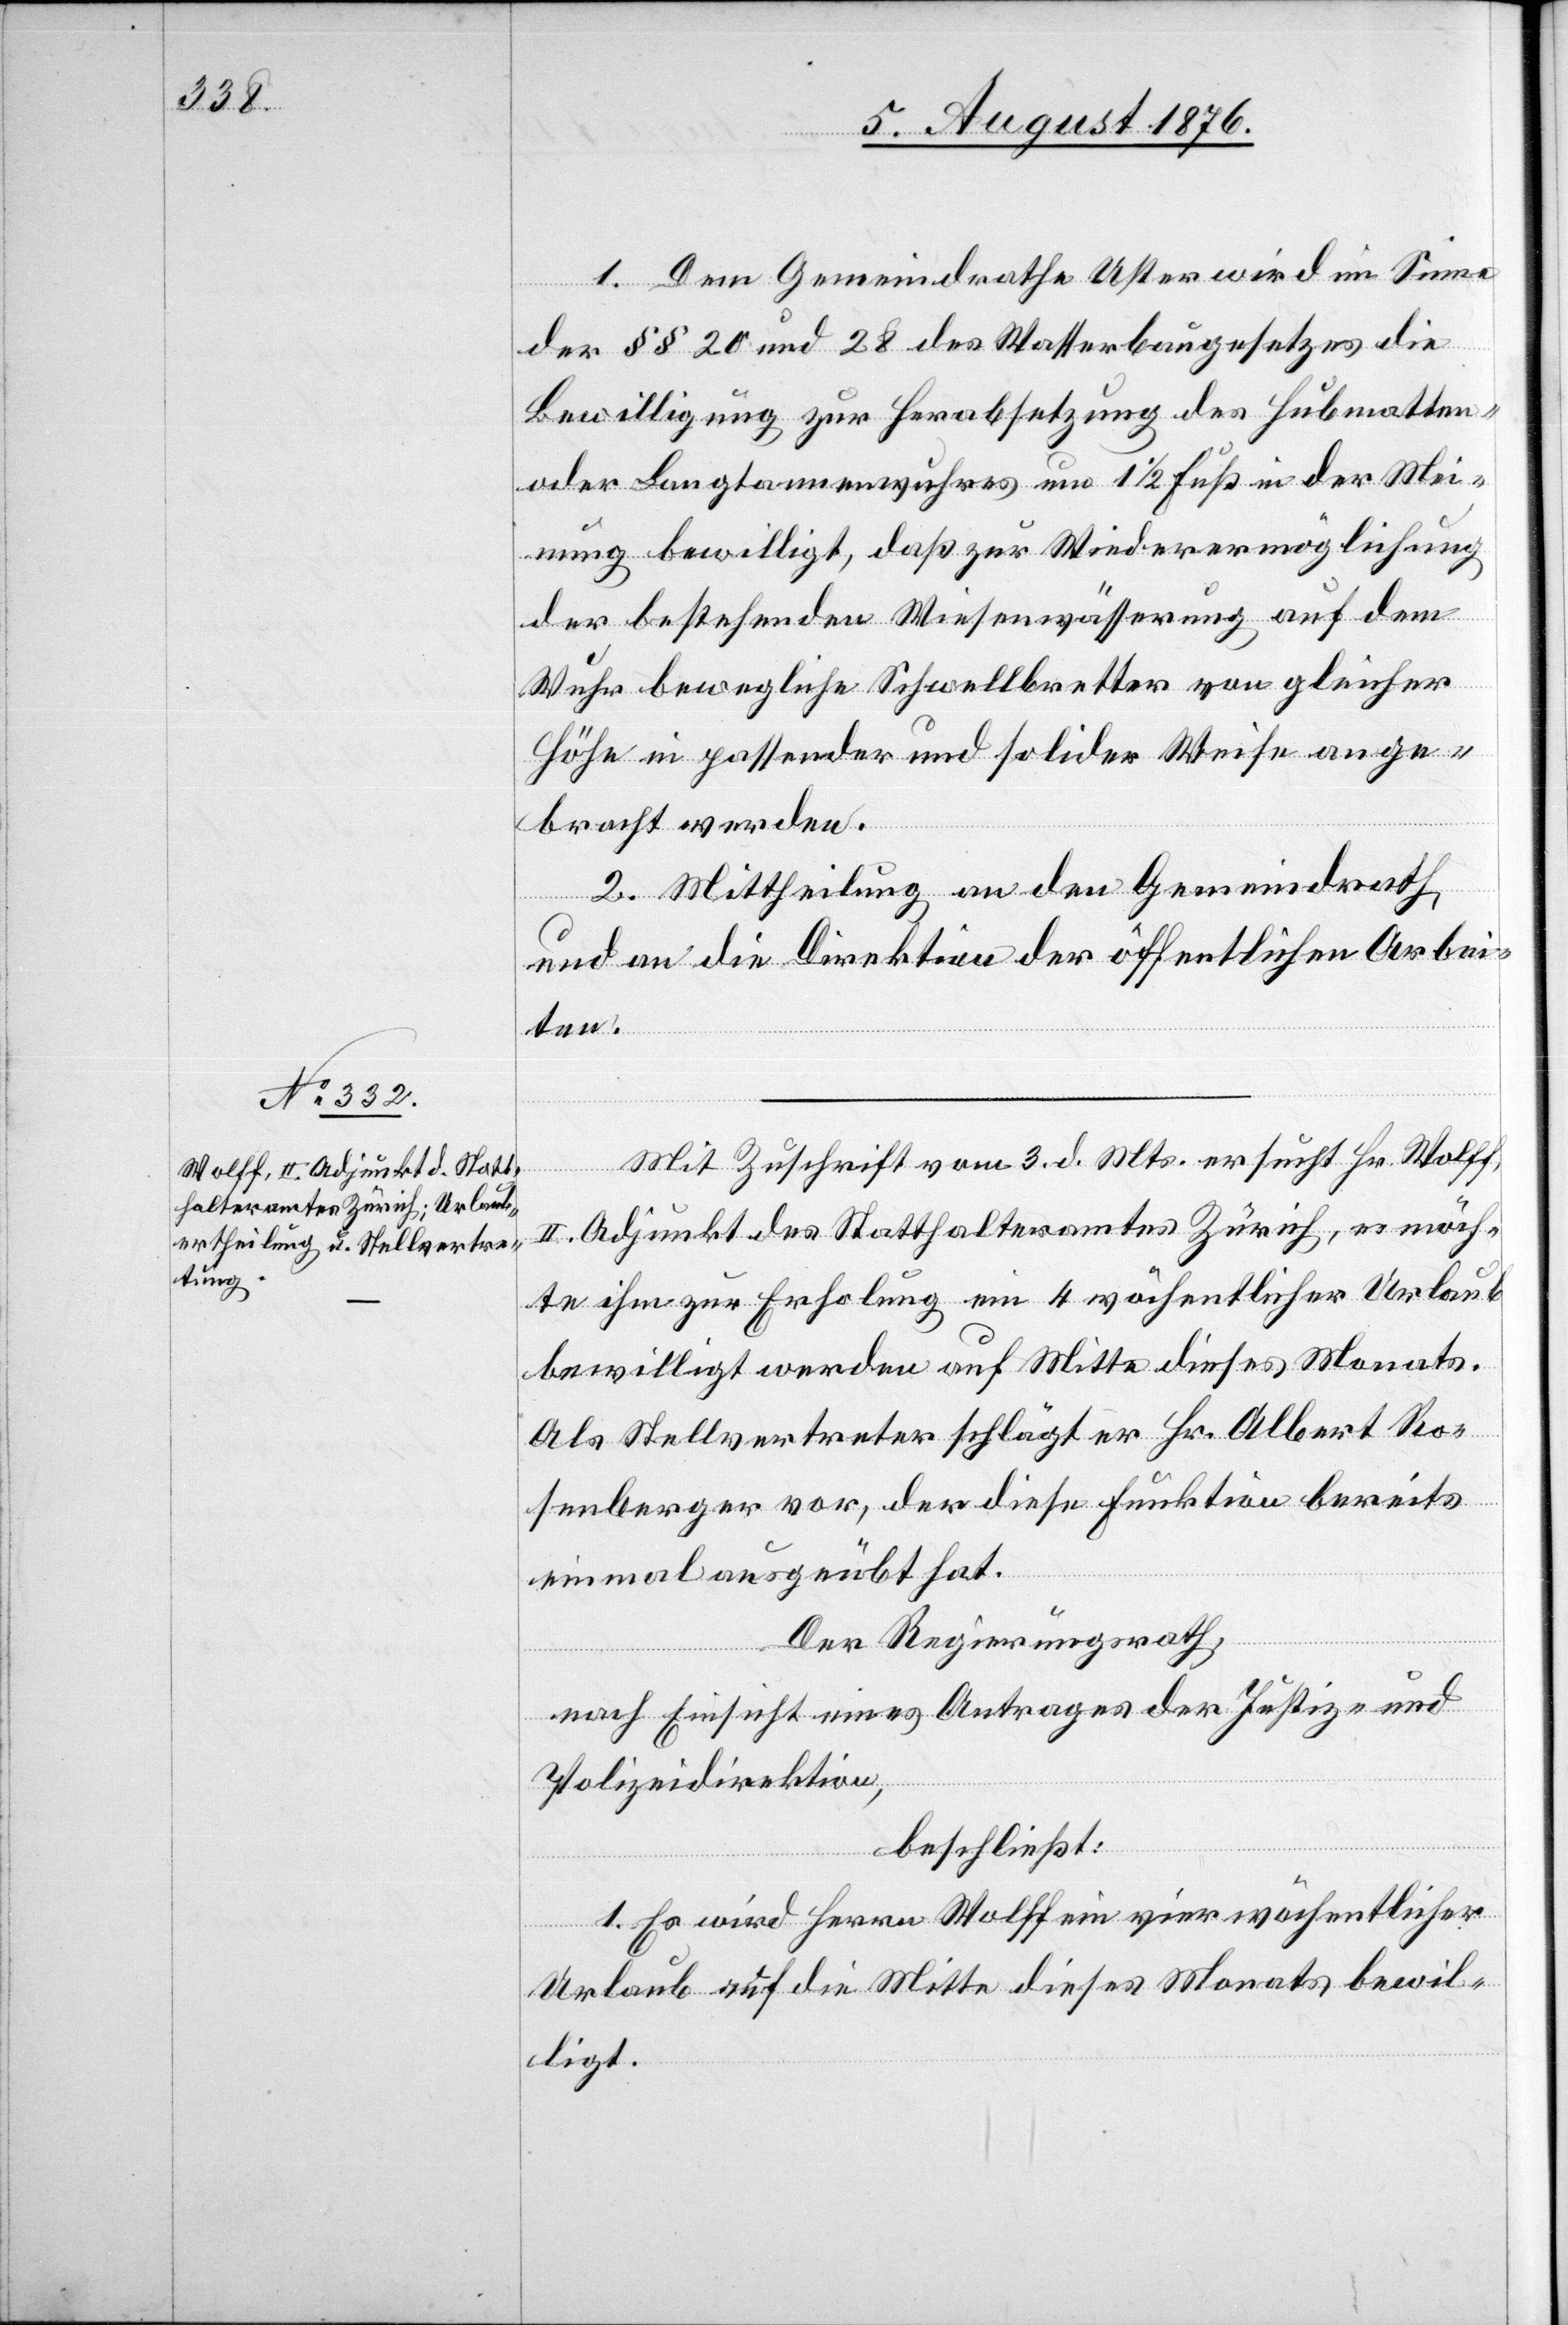
5. August 1876.]
1. Dem Gemeindrathe Uster wird im Sinne
er §§20 und 28 des Wasserbaugesetzes die
Bewilligung zur Herabsetzung des Hubmatten-
oder Langtannenwuhres um 1 1/2 Fuß in der Mei¬
nung bewilligt, das zur Wiederermöglichung
der bestehenden Wiesenwässerung auf dem
Wuhr bewegliche Schwellbretter von gleicher
Höhe in passender und solider Weise ange¬
bracht werden.
2. Mittheilung an den Gemeindrath
und an die Direktion der öffentlichen Arbei¬
ten.
Mit Zuschrift vom 3. d. Mts. ersucht Hr. Wolff,
II. Adjunkt des Statthalteramtes Zürich, es möch¬
te ihm zur Erholung ein 4 wöchentlicher Urlaub
bewilligt werden auf Mitte dieses Monats.
Als Stellvertreter schlägt er Hr. Albert Ro¬
senberger vor, der diese Funktion bereits
einmal ausgeübt hat.
Der Regierungsrath,
nach Einsicht eines Antrages der Justiz- und
Polizeidirektion,
beschließt:
1. Es wird Herrn Wolff ein vierwöchentlicher
Urlaub auf die Mitte dieses Monats bewil¬
ligt.